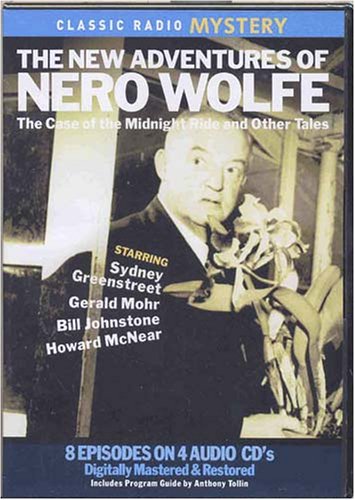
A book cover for The New Adventures of Nero Wolfe: The Case of the Midnight Ride and Other Tales (Classic Radio Mysteries); Original Radio Broadcasts; Humor & Entertainment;